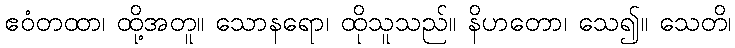
ဧဝံတထာ၊ ထို့အတူ။ သောနရော၊ ထိုသူသည်။ နိဟတော၊ သေ၍။ သေတိ၊